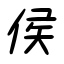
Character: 侯